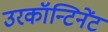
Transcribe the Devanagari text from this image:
उरकॉन्टिनेंट